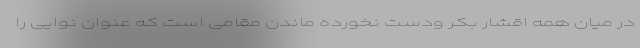
در میان همه اقشار بکر ودست نخورده ماندن مقامی است که عنوان نوایی را